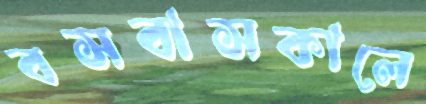
বসবাসকালে